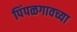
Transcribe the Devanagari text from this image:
पिंपळगावच्या